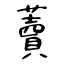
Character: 藚